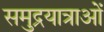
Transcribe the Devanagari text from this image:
समुद्रयात्राओं